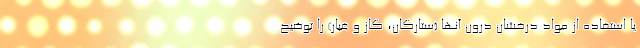
یا استفاده از مواد درخشان درون آنها (ستارگان، گاز و غبار) را توضیح